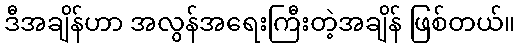
ဒီအချိန်ဟာ အလွန်အရေးကြီးတဲ့အချိန် ဖြစ်တယ်။